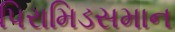
પિરામિડસમાન